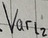
Text: Varl2